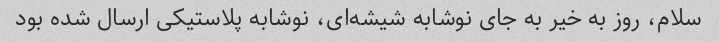
سلام، روز به خیر به جای نوشابه شیشه‌ای، نوشابه پلاستیکی ارسال شده بود